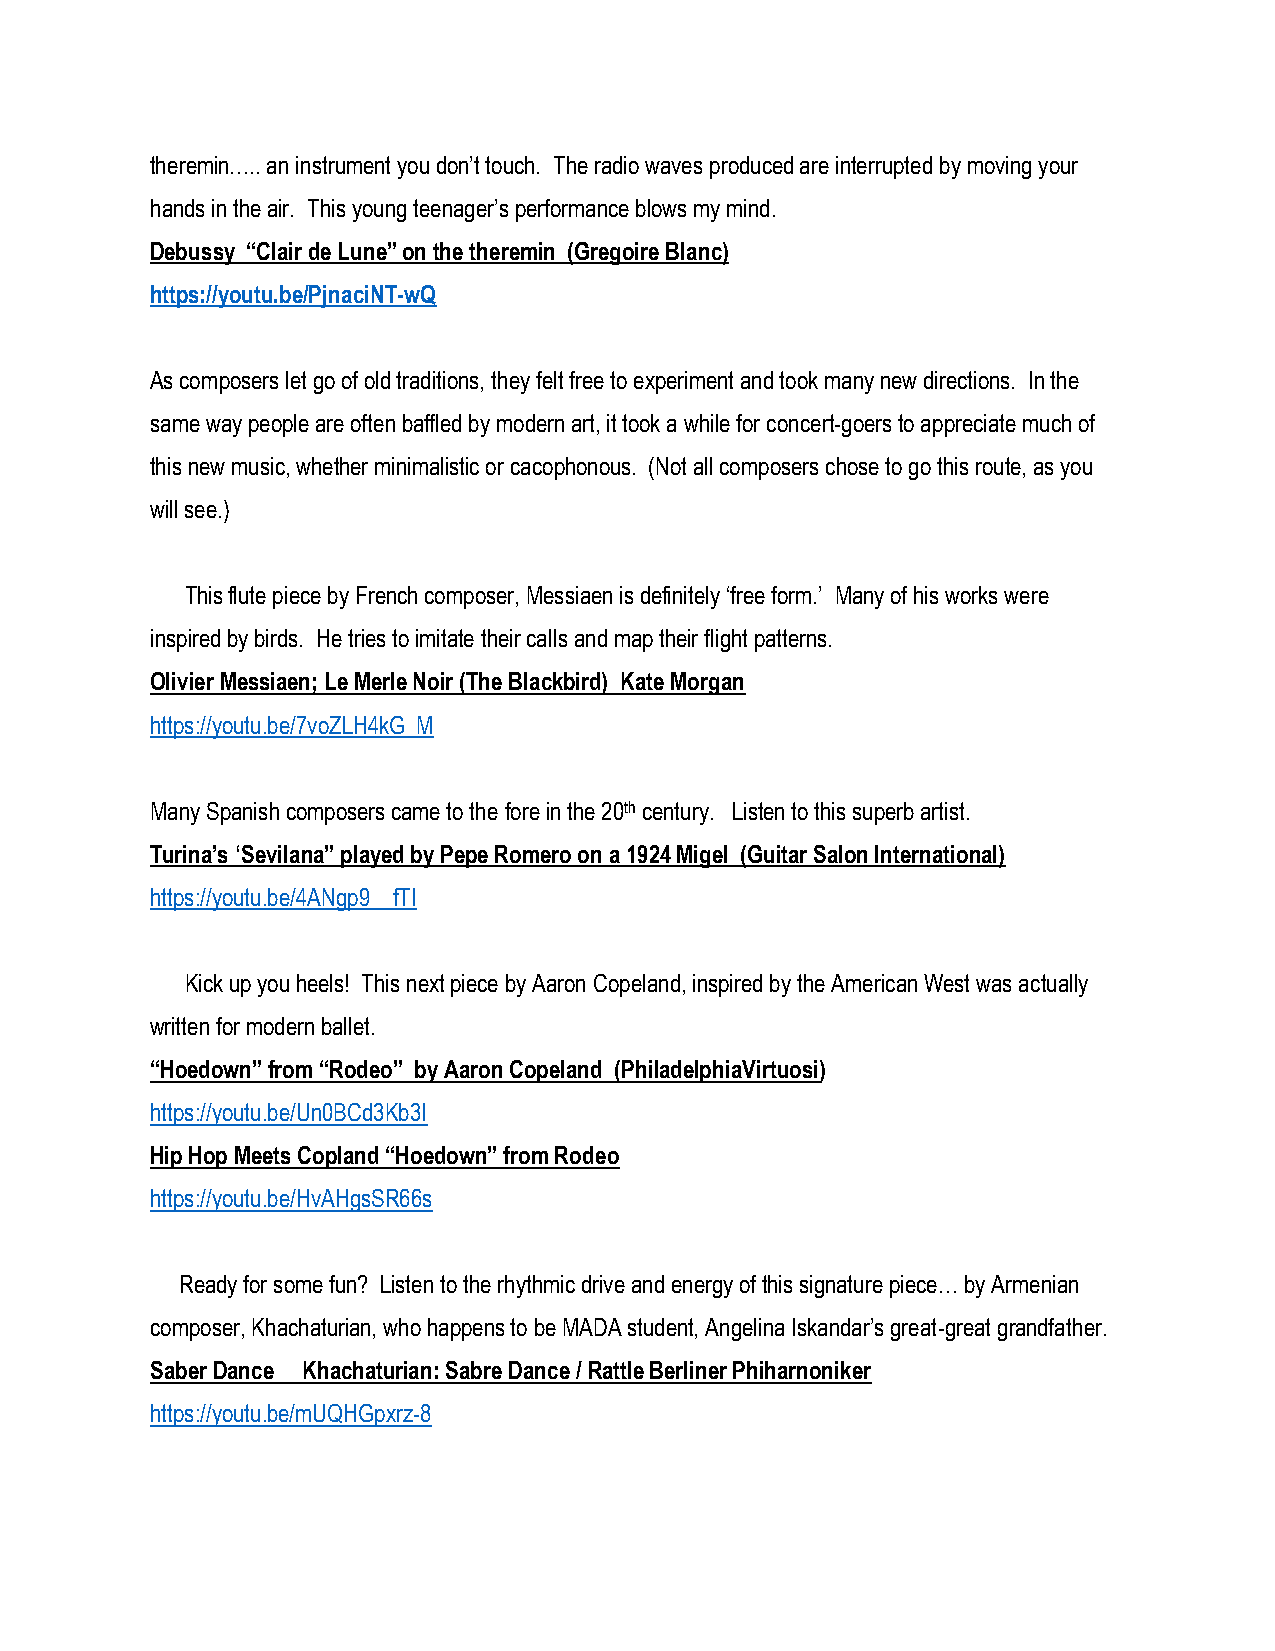
theremin….. an instrument you don’t touch. The radio waves produced are interrupted by moving your
 hands in the air. This young teenager’s performance blows my mind.
 Debussy “Clair de Lune” on the theremin (Gregoire Blanc)
 https://youtu.be/PjnaciNT-wQ
 As composers let go of old traditions, they felt free to experiment and took many new directions. In the
 same way people are often baffled by modern art, it took a while for concert-goers to appreciate much of
 this new music, whether minimalistic or cacophonous. (Not all composers chose to go this route, as you
 will see.)
 This flute piece by French composer, Messiaen is definitely ‘free form.’ Many of his works were
 inspired by birds. He tries to imitate their calls and map their flight patterns.
 Olivier Messiaen; Le Merle Noir (The Blackbird) Kate Morgan
 https://youtu.be/7voZLH4kG_M
 Many Spanish composers came to the fore in the 20th century. Listen to this superb artist.
 Turina’s ‘Sevilana” played by Pepe Romero on a 1924 Migel (Guitar Salon International)
 https://youtu.be/4ANgp9__fTI
 Kick up you heels! This next piece by Aaron Copeland, inspired by the American West was actually
 written for modern ballet.
 “Hoedown” from “Rodeo” by Aaron Copeland (PhiladelphiaVirtuosi)
 https://youtu.be/Un0BCd3Kb3I
 Hip Hop Meets Copland “Hoedown” from Rodeo
 https://youtu.be/HvAHgsSR66s
 Ready for some fun? Listen to the rhythmic drive and energy of this signature piece… by Armenian
 composer, Khachaturian, who happens to be MADA student, Angelina Iskandar’s great-great grandfather.
 Saber Dance Khachaturian: Sabre Dance / Rattle Berliner Phiharnoniker
 https://youtu.be/mUQHGpxrz-8